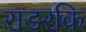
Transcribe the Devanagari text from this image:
राडरकि